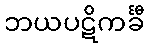
ဘယပဋိကင်္ခီ